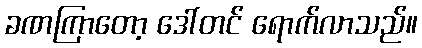
ခဏကြာတော့ ဒေါ်တင် ရောက်လာသည်။